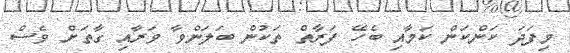
މިފަަދަ ކަންކަން ކަމާއި ބެހޭ ފަރާތް ތަކުން ބަލަންވާ ވަރާއި ގާތަށް ވެސް